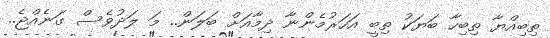
ތިބިއްޔާ ތިބިހާ ބަޔަކު ތިބީ އަހަރުމެންނާ ދިމާއަށް ބަލަން.. މަ ލަދުވެސް ގަނެއްޖެ..